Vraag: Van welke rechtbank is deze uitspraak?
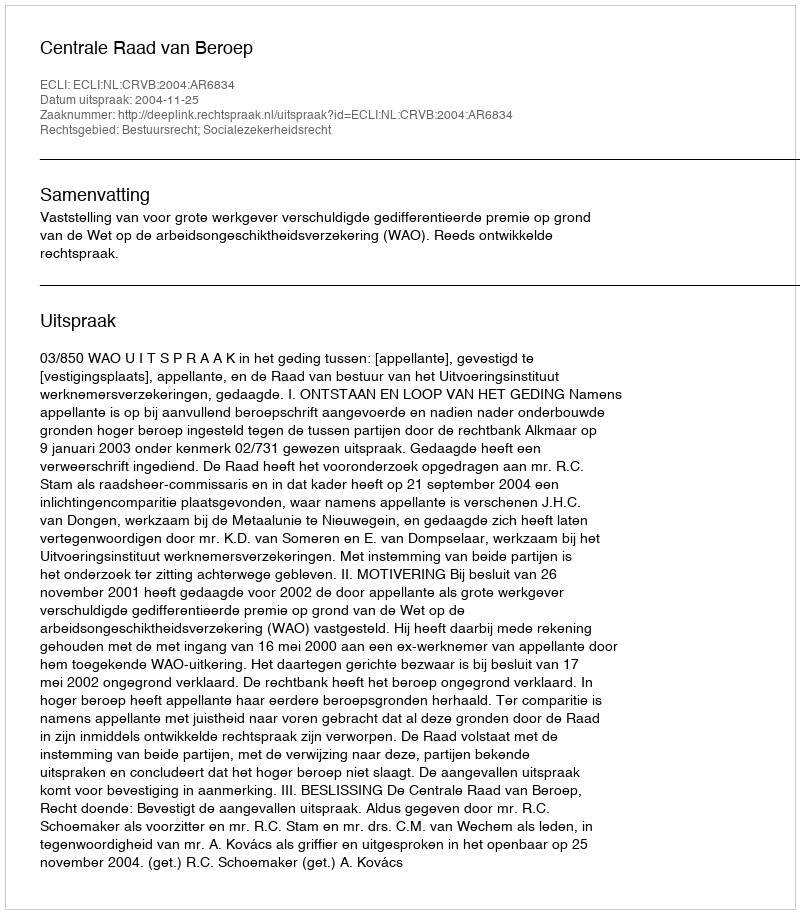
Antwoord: Centrale Raad van Beroep